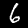
Digit: 6